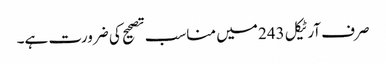
صرف آرٹیکل 243 میں مناسب تصحیح کی ضرورت ہے۔